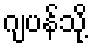
ဂျပန်သို့